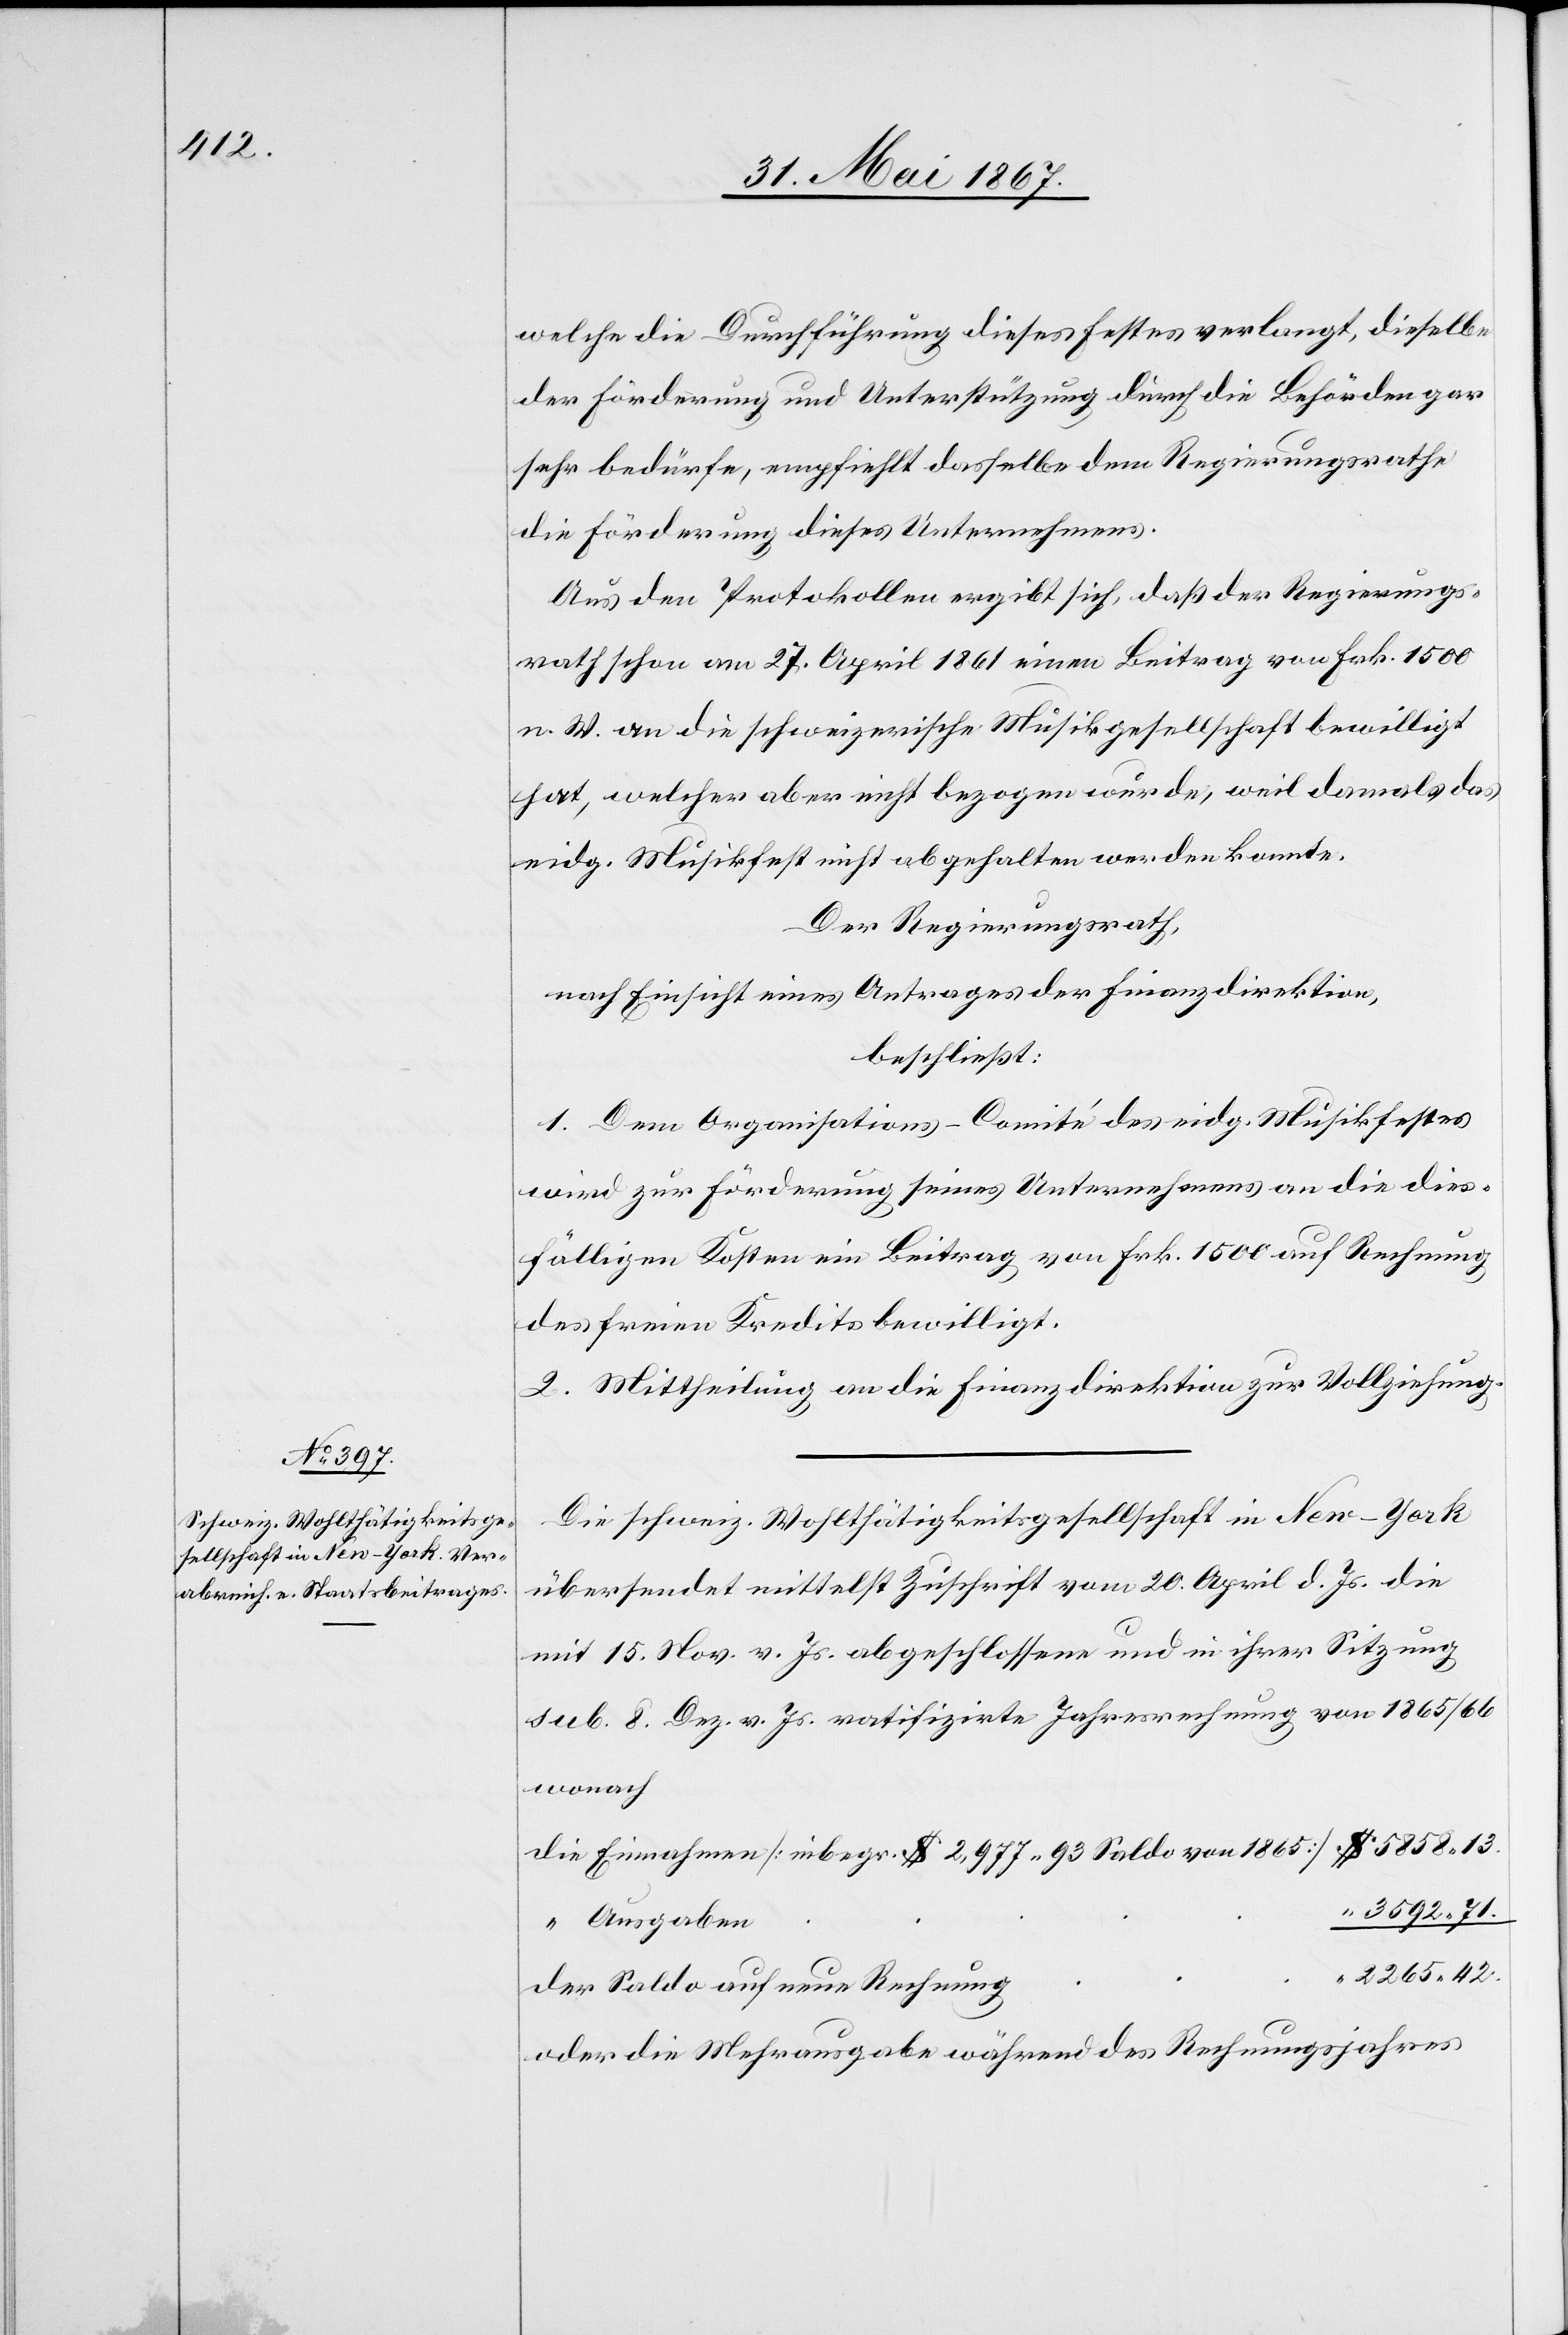
welche die Durchführung dieses Festes verlangt, dieselbe
der Förderung und Unterstützung durch die Behörden gar
sehr bedürfe, empfiehlt dasselbe dem Regierungsrathe
die Förderung dieses Unternehmens.
Aus den Protokollen ergibt sich, daß der Regierungs¬
rath schon am 27. April 1861 einen Beitrag von Frk. 1500
n. W. an die schweizerische Musikgesellschaft bewilligt
hat, welcher aber nicht bezogen wurde, weil damals das
eidg. Musikfest nicht abgehalten werden konnte.
Der Regierungsrath,
nach Einsicht eines Antrages der Finanzdirektion,
beschließt:
1. Dem Organisations-Comité des eidg. Musikfestes
wird zur Förderung seines Unternehmens an die dies¬
fälligen Kosten ein Beitrag von Frk. 1500 auf Rechnung
des freien Kredits bewilligt.
2. Mittheilung an die Finanzdirektion zur Vollziehung.
Die schweiz. Wohlthätigkeitsgesellschaft in New-York
übersendet mittelst Zuschrift vom 20. April d. Js. die
mit 15. Nov. v. Js. abgeschlossene und in ihrer Sitzung
sub. 8. Dez. v. Js. ratifizirte Jahresrechnung von 1865/66
wonach
die Einnahmen [inbegr. $ 2,977. 93 Saldo von 1865]				$ 5858. 13.
3592. 71.
2265. 42.
oder die Mehrausgabe während des Rechnungsjahres